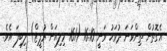
އެގޮތުން ތިންވަނަ ދުުވަހު ވަނީ 16.10 (161 މިލިއަން ރުޕީޒް) ލިބިފަ އެވެ.